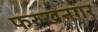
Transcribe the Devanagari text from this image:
फरुखनगर